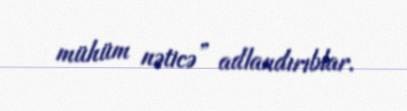
mühüm nəticə” adlandırıblar.